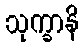
သုက္ခာနိ